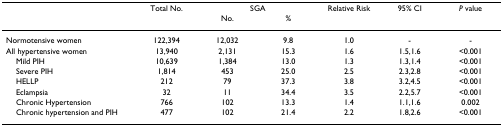
<table><thead><tr><td>[EMPTY_CELL]</td><td><b>Total No.</b></td><td colspan="2"><b>SGA</b></td><td><b>Relative Risk</b></td><td><b>95% CI</b></td><td><b><i>P </i>value</b></td></tr><tr><td>[EMPTY_CELL]</td><td>[EMPTY_CELL]</td><td><b>No.</b></td><td><b>%</b></td><td>[EMPTY_CELL]</td><td>[EMPTY_CELL]</td><td>[EMPTY_CELL]</td></tr></thead><tbody><tr><td>Normotensive women</td><td>122,394</td><td>12,032</td><td>9.8</td><td>1.0</td><td>-</td><td>-</td></tr><tr><td>All hypertensive women</td><td>13,940</td><td>2,131</td><td>15.3</td><td>1.6</td><td>1.5,1.6</td><td>&lt;0.001</td></tr><tr><td> Mild PIH</td><td>10,639</td><td>1,384</td><td>13.0</td><td>1.3</td><td>1.3,1.4</td><td>&lt;0.001</td></tr><tr><td> Severe PIH</td><td>1,814</td><td>453</td><td>25.0</td><td>2.5</td><td>2.3,2.8</td><td>&lt;0.001</td></tr><tr><td> HELLP</td><td>212</td><td>79</td><td>37.3</td><td>3.8</td><td>3.2,4.5</td><td>&lt;0.001</td></tr><tr><td> Eclampsia</td><td>32</td><td>11</td><td>34.4</td><td>3.5</td><td>2.2,5.7</td><td>&lt;0.001</td></tr><tr><td> Chronic Hypertension</td><td>766</td><td>102</td><td>13.3</td><td>1.4</td><td>1.1,1.6</td><td>0.002</td></tr><tr><td> Chronic hypertension and PIH</td><td>477</td><td>102</td><td>21.4</td><td>2.2</td><td>1.8,2.6</td><td>&lt;0.001</td></tr></tbody></table>